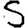
Digit: 5